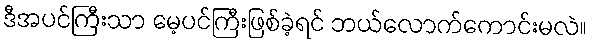
ဒီအပင်ကြီးသာ မေ့ပင်ကြီးဖြစ်ခဲ့ရင် ဘယ်လောက်ကောင်းမလဲ။